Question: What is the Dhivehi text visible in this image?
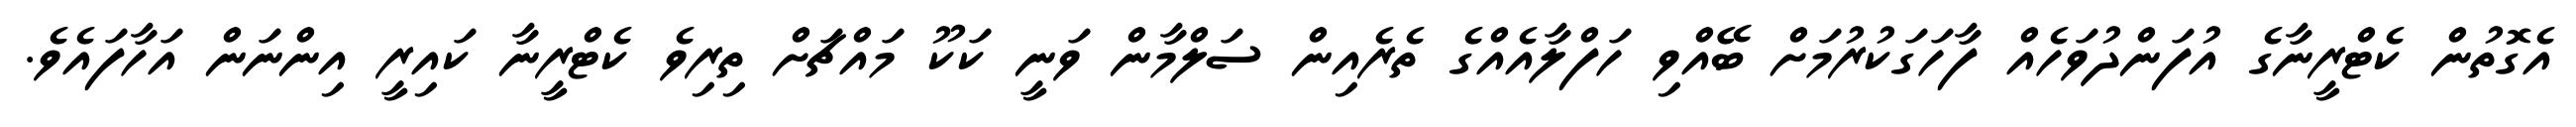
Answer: އެގޮތުން ކެޓްރީނާގެ އުފަންދުވަހެއް ފާހަގަކުރުމަށް ބޭއްވި ހަފްލާއެއްގެ ތެރެއިން ސަލްމާން ވަނީ ކަކޫ މައްޗަށް ތިރިވެ ކެޓްރީނާ ކައިރީ އިންނަން އަހާފައެވެ.